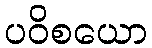
ပဝိစယော